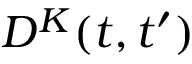
D ^ { K } ( t , t ^ { \prime } )